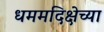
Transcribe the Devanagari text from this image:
धममदिक्षेच्या